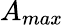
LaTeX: A_{max}